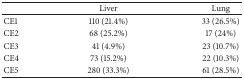
<table><thead><tr><td><b> </b></td><td><b>Liver</b></td><td><b>Lung</b></td></tr></thead><tbody><tr><td>CE1</td><td>110 (21.4%)</td><td>33 (26.5%)</td></tr><tr><td>CE2</td><td>68 (25.2%)</td><td>17 (24%)</td></tr><tr><td>CE3</td><td>41 (4.9%)</td><td>23 (10.7%)</td></tr><tr><td>CE4</td><td>73 (15.2%)</td><td>22 (10.3%)</td></tr><tr><td>CE5</td><td>280 (33.3%)</td><td>61 (28.5%)</td></tr></tbody></table>